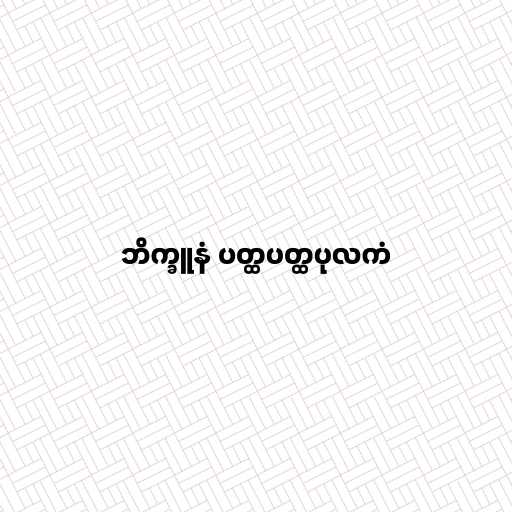
ဘိက္ခူနံ ပတ္ထပတ္ထပုလကံ